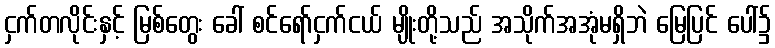
ငှက်တလိုင်းနှင့် မြစ်တွေး ခေါ် စင်ရော်ငှက်ငယ် မျိုးတို့သည် အသိုက်အအုံမရှိဘဲ မြေပြင် ပေါ်၌